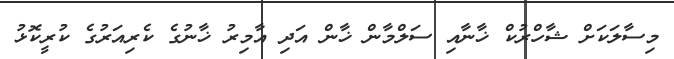
މިސާލަކަށް ޝާހްރުކް ޚާނާއި ސަލްމާން ޚާން އަދި އާމިރު ޚާނުގެ ކެރިއަރުގެ ކުރީކޮޅު